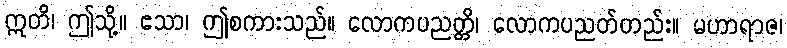
ဣတိ၊ ဤသို့။ ဧသာ၊ ဤစကားသည်။ လောကပညတ္တိ၊ လောကပညတ်တည်း။ မဟာရာဇ၊